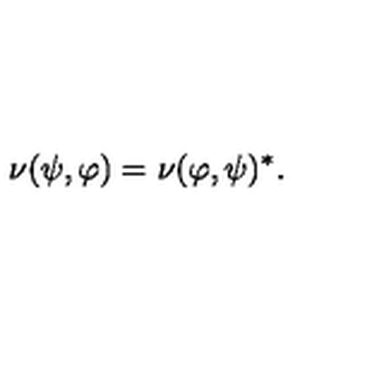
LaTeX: \nu ( \psi , \varphi ) = \nu ( \varphi , \psi ) ^ { * } .